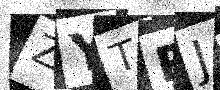
Text: ZYTRJN